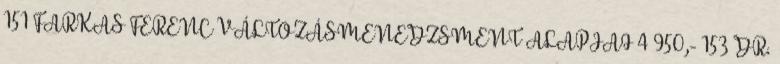
151 FARKAS FERENC VÁLTOZÁSMENEDZSMENT ALAPJAI 4 950,- 153 DR.